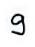
9